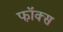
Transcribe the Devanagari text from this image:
फॉ़क्स